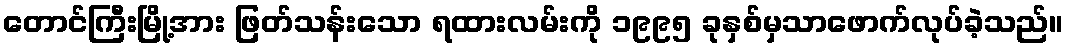
တောင်ကြီးမြို့အား ဖြတ်သန်းသော ရထားလမ်းကို ၁၉၉၅ ခုနှစ်မှသာဖောက်လုပ်ခဲ့သည်။